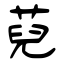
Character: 萖